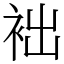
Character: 袦